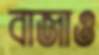
বাজাও